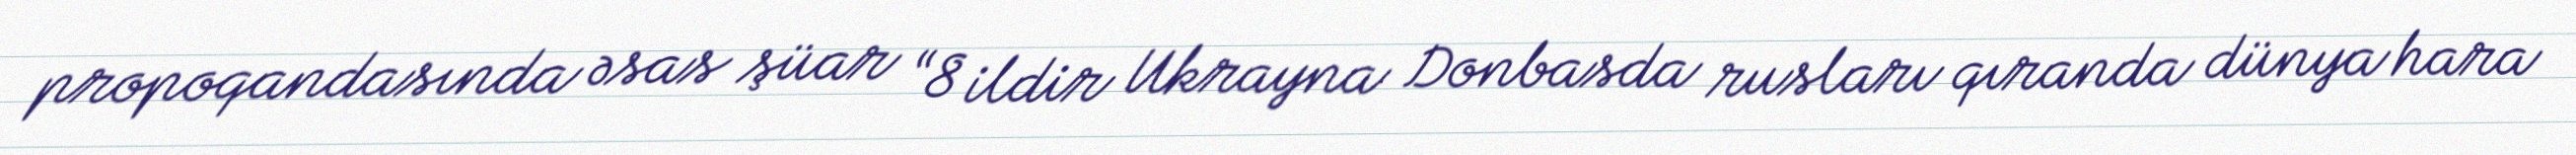
propoqandasında əsas şüar “8 ildir Ukrayna Donbasda rusları qıranda dünya hara